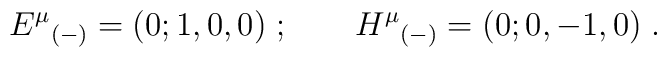
{E^\mu}_{(-)} =(0; 1, 0, 0) \; ; \qquad {H^\mu}_{(-)} = (0; 0,-1,0) \; .